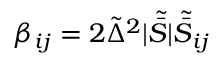
\beta _ { i j } = 2 \tilde { \Delta } ^ { 2 } | \tilde { \bar { S } } | \tilde { \bar { S } } _ { i j }